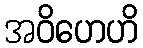
အဝိဟေဟိ